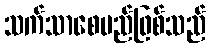
သက်သာစေမည်ဖြစ်သည်